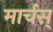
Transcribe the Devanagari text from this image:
मार्चस्